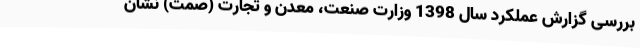
بررسی گزارش عملکرد سال 1398 وزارت صنعت،‌ معدن و تجارت (صمت) نشان